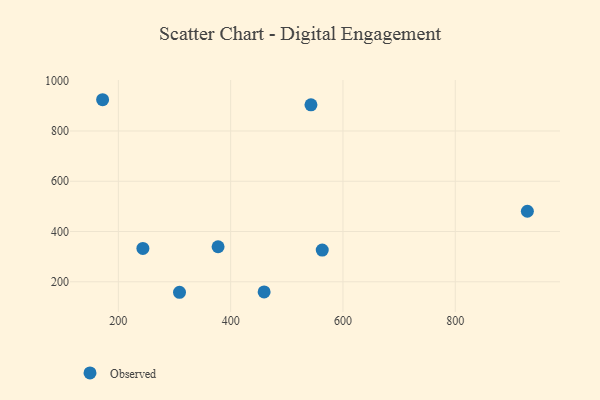
{"axis": {"x": "Investment", "y": "Yield"}, "legend": ["Observed"], "data": [{"x": "928.4", "y": 480.7, "type": "Observed"}, {"x": "243.7", "y": 332.6, "type": "Observed"}, {"x": "543.0", "y": 904.3, "type": "Observed"}, {"x": "459.6", "y": 159.5, "type": "Observed"}, {"x": "308.9", "y": 158.3, "type": "Observed"}, {"x": "563.1", "y": 326.3, "type": "Observed"}, {"x": "377.6", "y": 339.4, "type": "Observed"}, {"x": "172.0", "y": 924.4, "type": "Observed"}]}